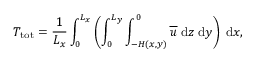
T _ { \mathrm { t o t } } = \frac { 1 } { L _ { x } } \int _ { 0 } ^ { L _ { x } } \left( \int _ { 0 } ^ { L _ { y } } \int _ { - H ( x , y ) } ^ { 0 } \overline { { u } } \; \mathrm { d } z \; \mathrm { d } y \right) \; \mathrm { d } x ,